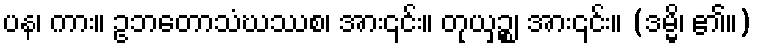
ပန၊ ကား။ ဥဘတောသံဃဿစ၊ အား၎င်း။ တုယှဉ္စ၊ အား၎င်း။ (ဒမ္မိ၊ ၏။)